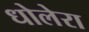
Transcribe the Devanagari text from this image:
धोलेरा